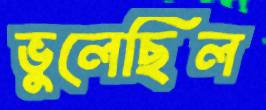
ভুলেছিল